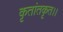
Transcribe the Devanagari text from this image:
कृतांतकृत।।